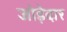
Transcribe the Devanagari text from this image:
जोड़ेदार